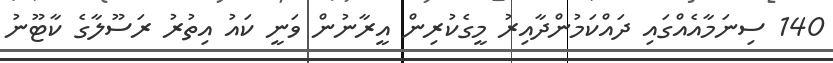
140 ސިނަމާއެއްގައި ދައްކަމުންދާއިރު މީގެކުރިން އީރާނުން ވަނީ ކައު އިތުރު ރަސޫލާގެ ކާޓޫނު